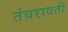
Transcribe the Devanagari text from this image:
तंवरावती